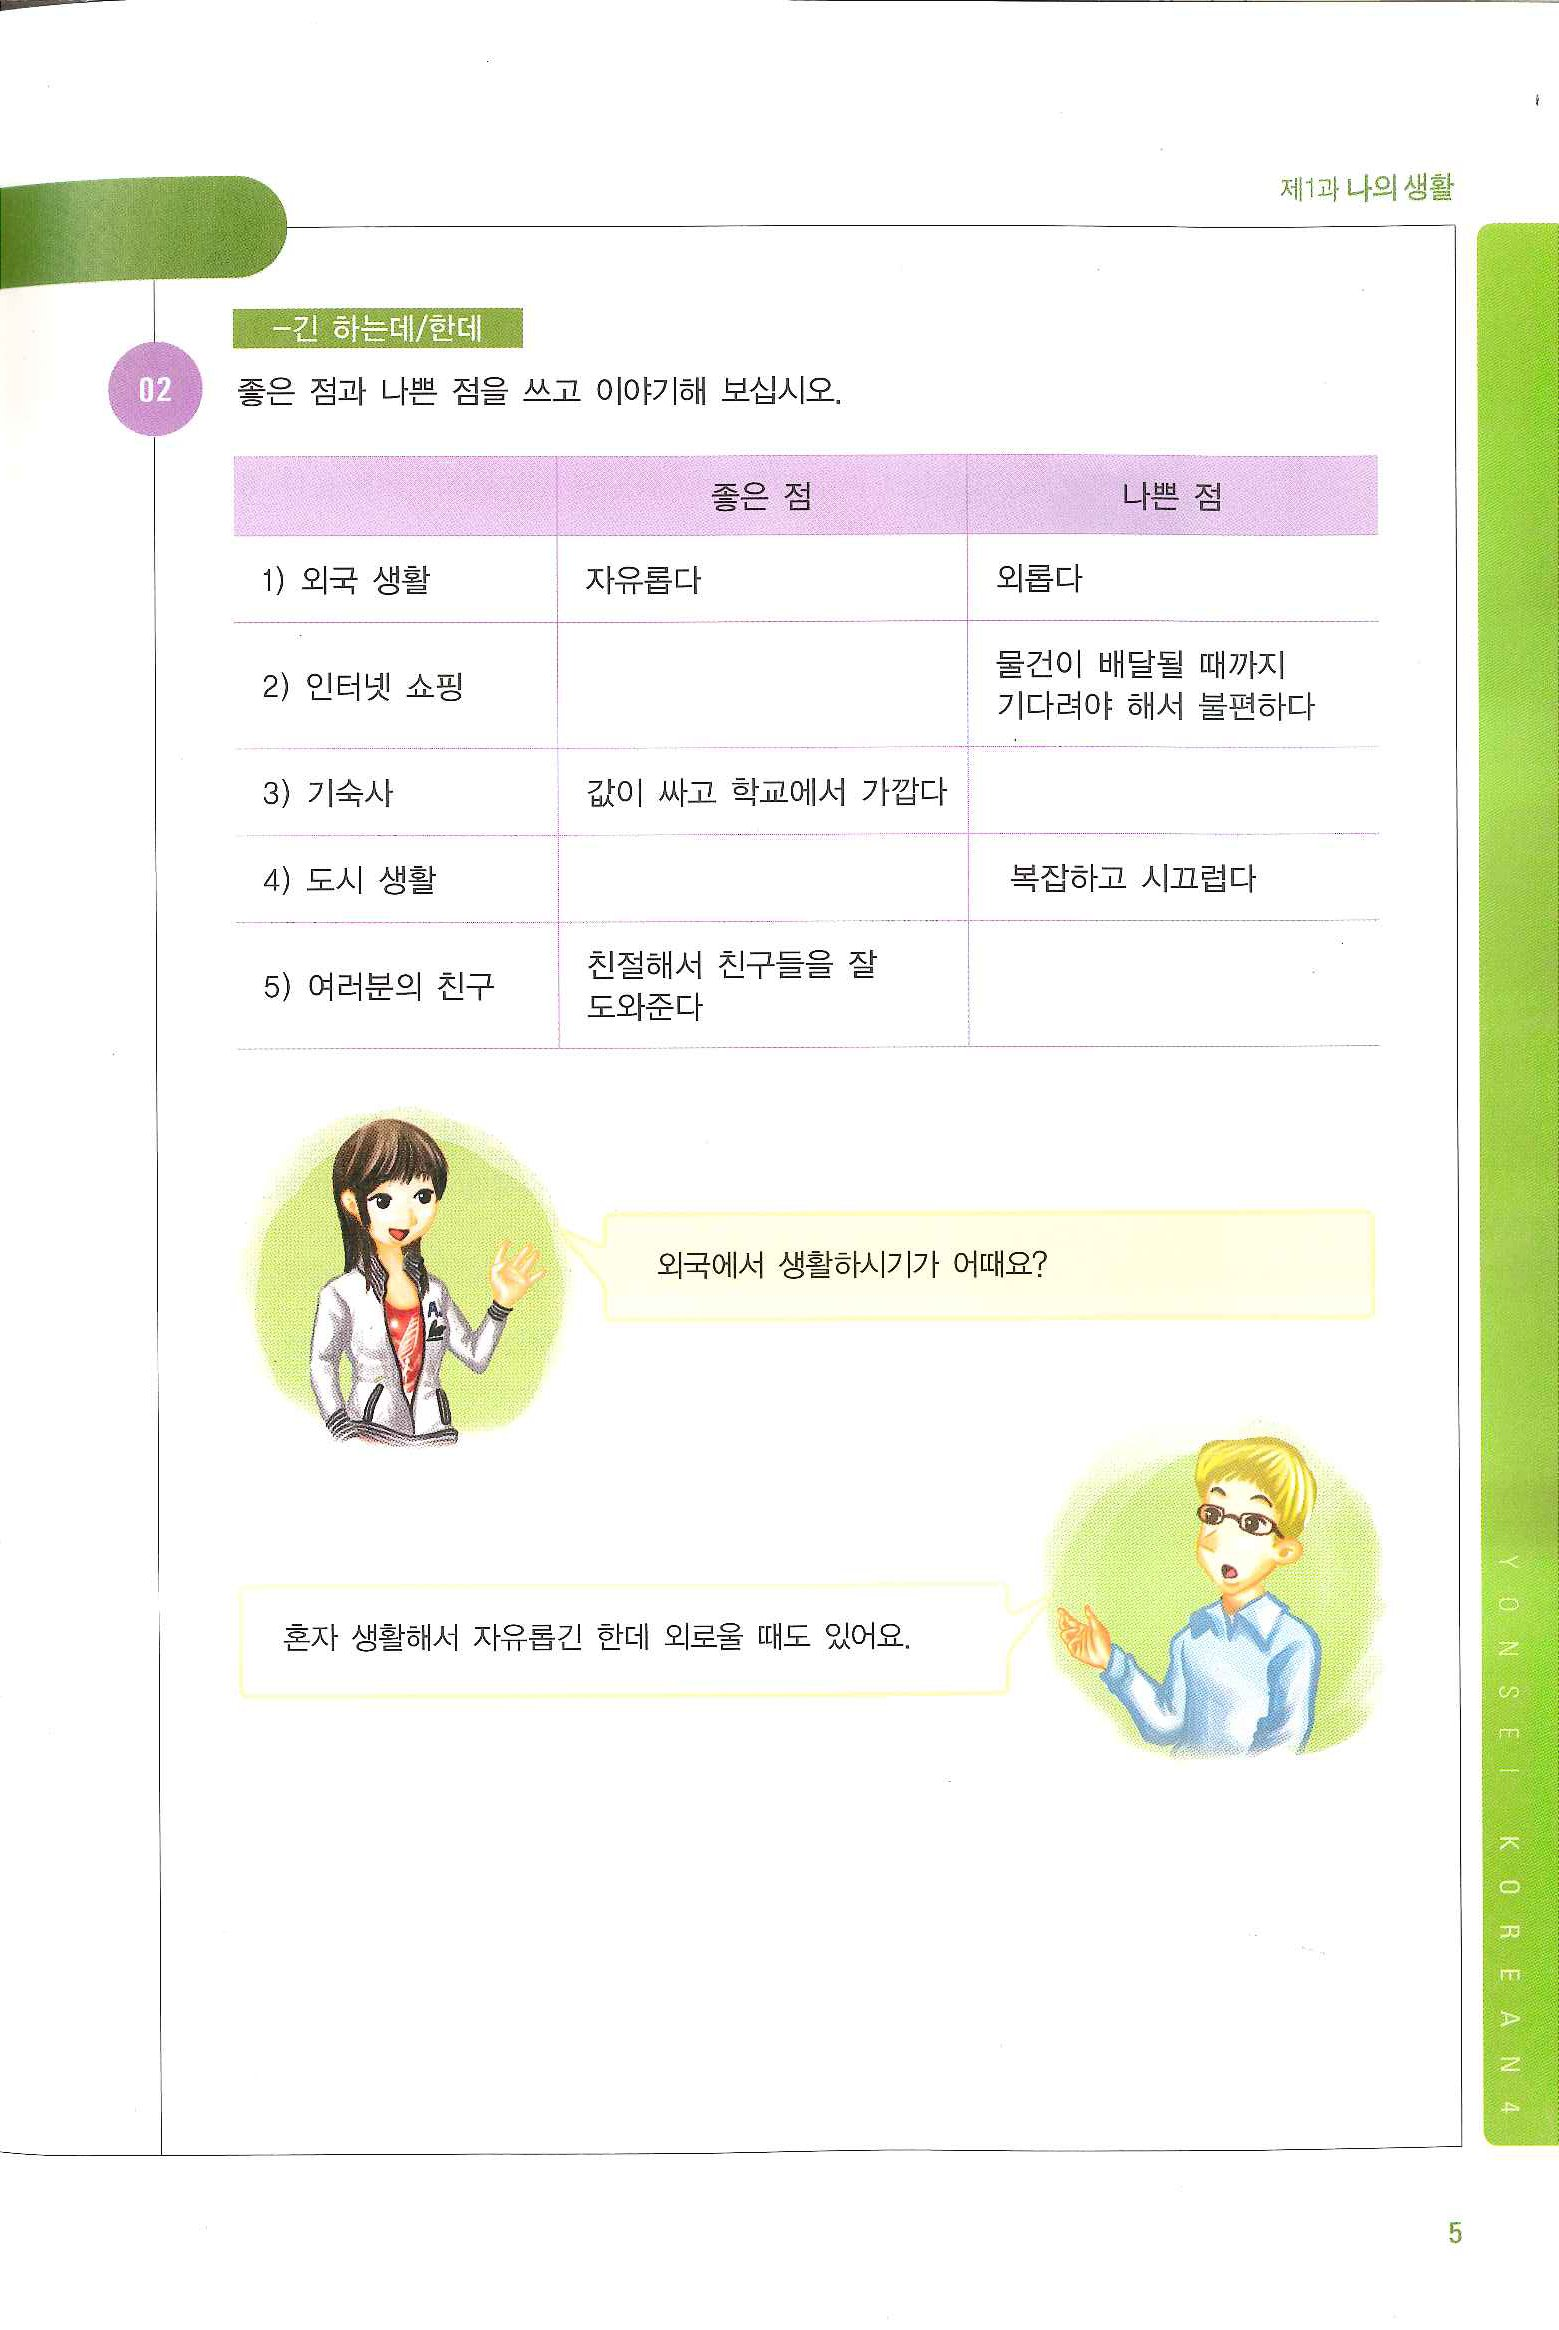
Language: ko